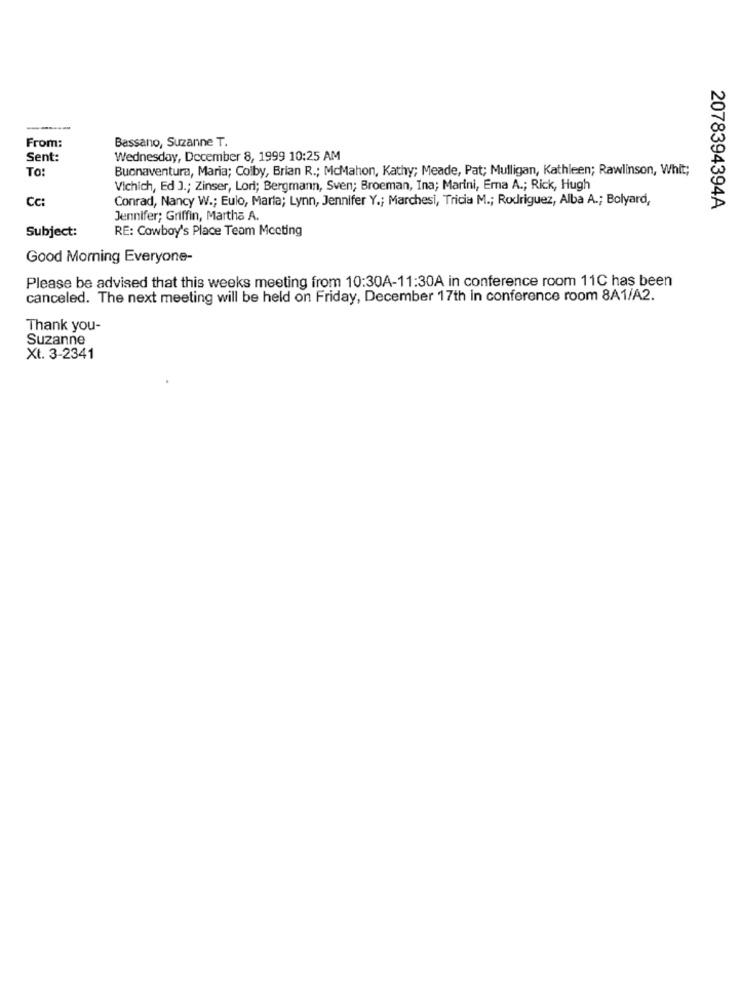
From:
Bassano, Suzanne T.
Sent:
Wednesday, December 8, 1999 10:25 AM
To:
Buonaventura, Maria; Colby, Brian R .; McMahon, Kathy; Meade, Pat; Mulligan, Kathleen; Rawlinson, Whit;
Vichich, Ed J .; Zinser, Lori; Bergmann, Sven; Broeman, Ina; Marini, Emma A .; Rick, Hugh
CC
Conrad, Nancy W .; Eulo, Marta; Lynn, Jennifer Y .; Marchesi, Tricia M .; Rodriguez, Alba A .; Bolyard,
2078394394A
Jennifer; Griffin, Martha A.
Subject:
RE: Cowboy's Place Team Meeting
Good Morning Everyone-
Please be advised that this weeks meeting from 10:30A-11:30A in conference room 11C has been
canceled. The next meeting will be held on Friday, December 17th in conference room 8A1/A2.
Thank you-
Suzanne
Xt. 3-2341